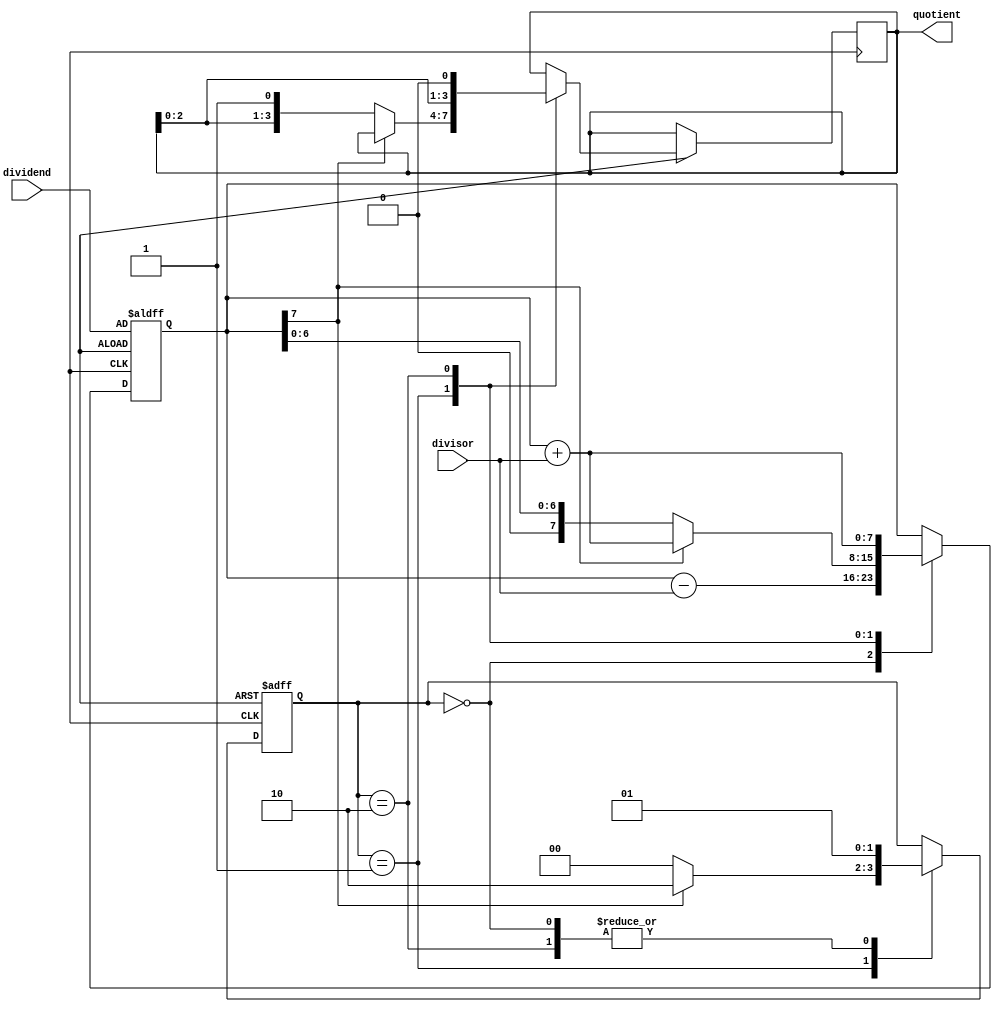
module non_restoring_divider (
    input wire [7:0] dividend,
    input wire [3:0] divisor,
    output wire [3:0] quotient
);

// Define states for control unit
parameter START = 2'b00;
parameter SUB = 2'b01;
parameter ADD = 2'b10;
parameter DONE = 2'b11;

reg [1:0] state;
reg [7:0] partial_remainder;
reg [1:0] count;

always @ (posedge clk or negedge rst) begin
    if (~rst) begin
        state <= START;
        partial_remainder <= dividend;
        count <= 4'b0000;
    end else begin
        case(state)
            START: begin
                // Perform subtraction on first block of bits
                partial_remainder <= partial_remainder - divisor;
                state <= SUB;
            end
            SUB: begin
                if (partial_remainder[7]) begin
                    // Negative result, add divisor back
                    partial_remainder <= partial_remainder + divisor;
                    state <= ADD;
                end else begin
                    // Positive result, shift quotient and move to next block
                    quotient <= {quotient[2:0], 1'b1};
                    state <= START;
                end
            end
            ADD: begin
                // Add back the divisor and shift quotient
                partial_remainder <= partial_remainder + divisor;
                quotient <= {quotient[2:0], 1'b0};
                state <= SUB;
            end
            DONE: begin
                // Do nothing
            end
        endcase
    end
end

endmodule